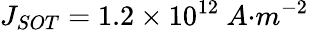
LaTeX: J_{{SOT}}=1.2\times{10}^{12}{\ A}{{·}}{{m}}^{{-2}}